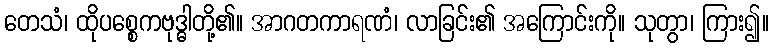
တေသံ၊ ထိုပစ္စေကဗုဒ္ဓါတို့၏။ အာဂတကာရဏံ၊ လာခြင်း၏ အကြောင်းကို။ သုတွာ၊ ကြား၍။